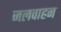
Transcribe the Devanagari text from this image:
जलवाहन